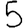
Digit: 5